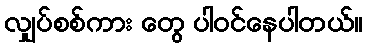
လျှပ်စစ်ကား တွေ ပါဝင်နေပါတယ်။